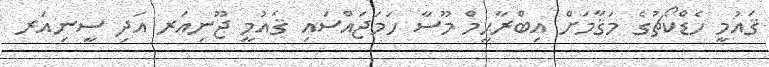
ޤައުމީ ހެޑްކޯޗުގެ މަޤާމަށް އިބްރާޙީމް މޫސާ ހަމަޖައްސައި ޤައުމީ ޖޫނިއަރ އަދި ސީނިއަރ